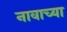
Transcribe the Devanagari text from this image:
नावाच्‍या